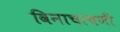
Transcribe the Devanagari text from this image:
विनाचाचणी